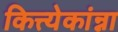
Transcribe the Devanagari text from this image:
कित्त्येकांन्ना